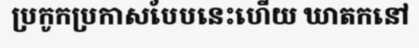
ប្រកូកប្រកាសបែបនេះហើយ ឃាតកនៅ